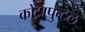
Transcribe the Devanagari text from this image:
कोंट्रापुन्टल